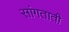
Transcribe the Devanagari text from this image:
सांगताती